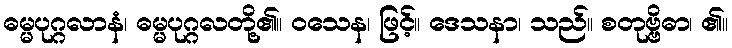
ဓမ္မပုဂ္ဂလာနံ၊ ဓမ္မပုဂ္ဂလတို့၏။ ဝသေန၊ ဖြင့်။ ဒေသနာ၊ သည်။ စတုဗ္ဗိဓာ၊ ၏။